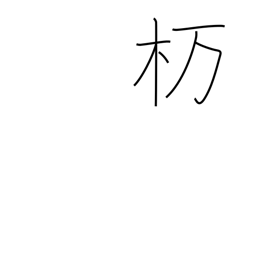
Meaning: type of oak